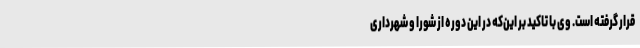
قرار گرفته است. وی با تاکید بر این‌که در این دوره از شورا و شهرداری